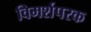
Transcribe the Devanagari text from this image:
विमर्शपरक